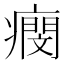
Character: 𤺖